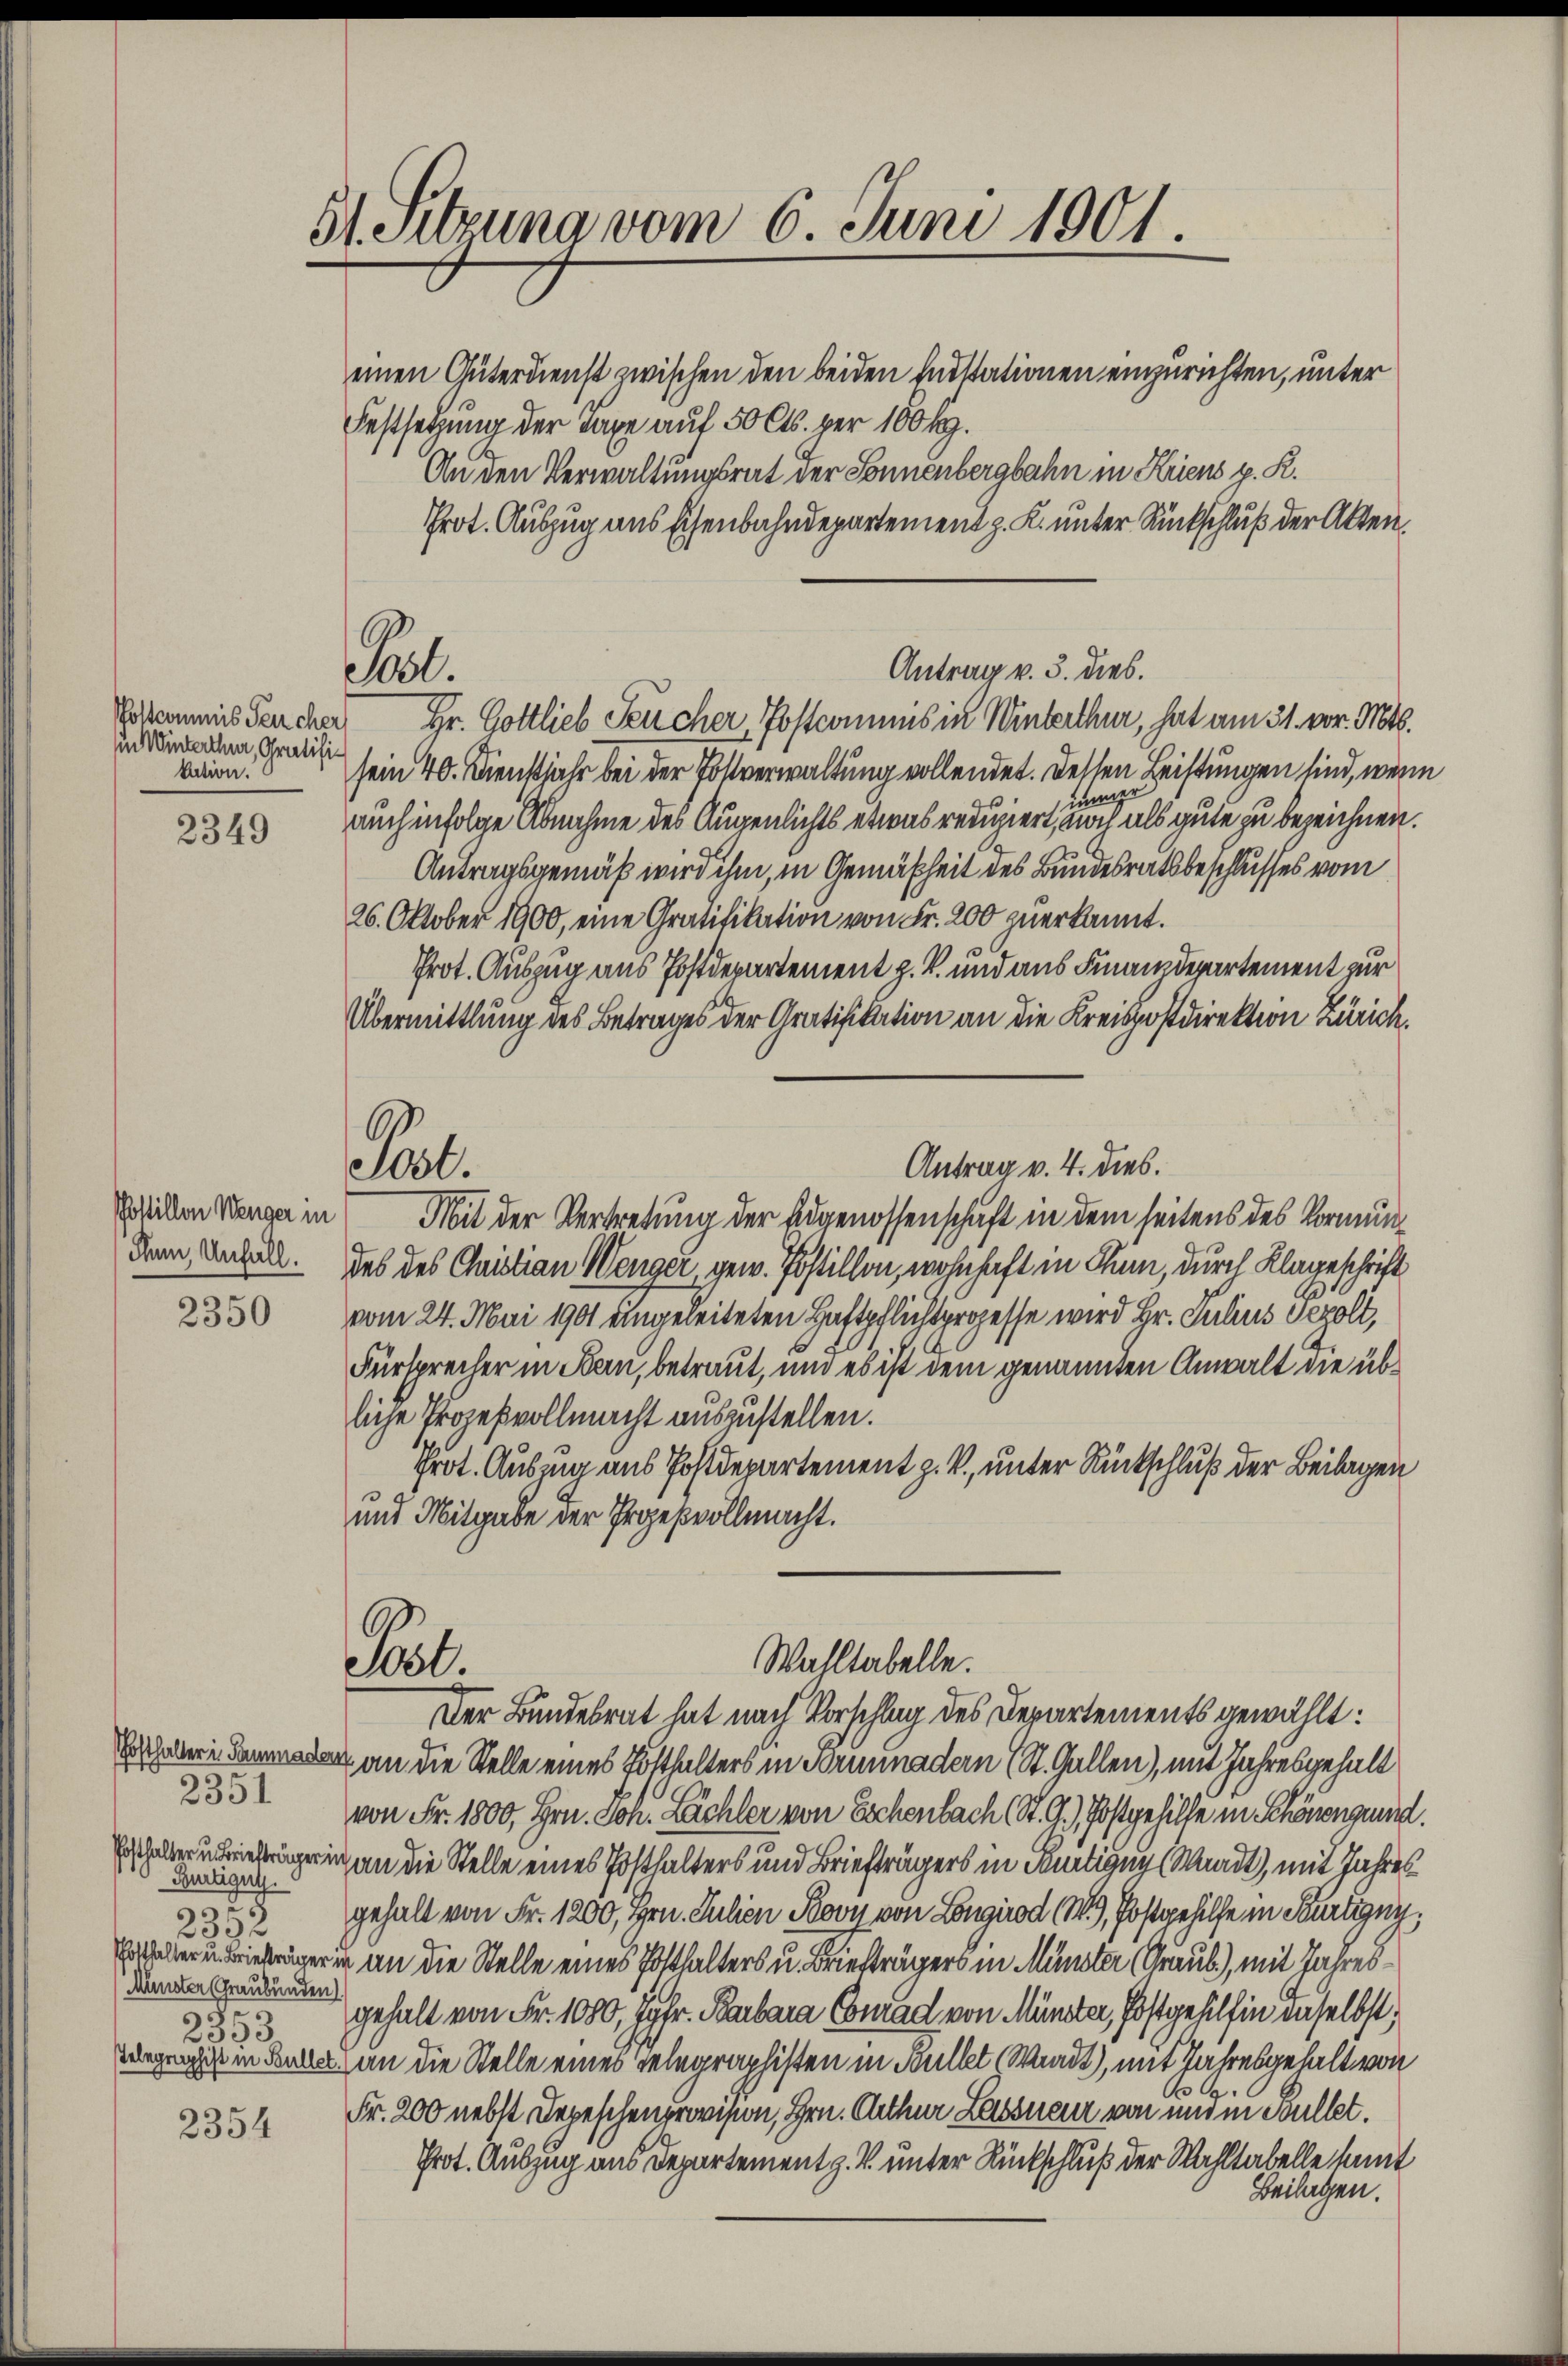
Postcommis Teucher
sin Winterthur, Gratifikation.

2349

Postillon Wenger in
chnn Unfäll.

2350

2351
Burtigut.
3
2352
Münster Graubünden
e
2330

2354

St. Sitzung vom 6. Juni 1901.
“

einen Güterdienst zwischen den beiden Instationen einzurichten, unter
Festsetzung der Taxe auf 50 Cts. per 100 k.
An den Verwaltungsrat der Sonnenbergbahn in Kriens p. K.
Prot. Auszug aus Eisenbahndepartement z. K. unter Rückschluß der Akten.

Antrag v. 3. dies.
Pil.
Hr. Gottlieb Feucher, Postcommis in Winterthur, hat am 31. vor. Mts.

sein 40. Dienstjahr bei der Postverwaltung vollendet. Dessen Leistungen sind, wenn
manz
auch infolge Abnahme des Augenlichts etwas reduziert, noch als gute zu bezeichnen.
Antragsgemäß wird ihm, in Gemäßheit des Bundesrathsbeschlusses vom
26. Oktober 1900, eine Gratifikation von Fr. 200 zuerkannt.
Prot. Auszug aus Postdepartement z. B. und aus Finanzdepartement zur
Übermittlung des Betrages der Gratifikation an die Kreispostdirektion Zürich.
Antrag v. 4. dies.
Pol.
Mit der Vertretung der Adgenossenschaft in dem seitens des Vormundes des Quistian Wenger gew. Jostillon, wohnhaft in Thun, durch Klageschrift
vom 24. Mai 1901 angeleiteten Haftpflichtsprozesse wird Hr. Julius Sepolt,
Fürsprecher in Bau, betraut, und es ist dem genannten Anwalt die übliche Prozeßvollmacht auszustellen.
Prot. Auszug ins Postdepartement z. B., unter Rückschluß der Beilagen
und Mitgabe der Prozeßvollmacht.

Wahltabelle.
Pil.
Der Bundesrat hat nach Vorschlag des Departements gewählt:

an die Stelle eines Potthalters in Terminadern (St. Gallen), mit Jahresgehalt
von Fr. 1800, Hrn. Joh. Lächler von Eschenbach St. G.) Postgehilfe in Schönen und
hägerin an die Stelle eines Posthalters und Briefträgers in Fertigen Waadt) mit Jahres
gehalt von Fr. 1200, Hrn. Julien Boy von Longirod (W, Postgehilfe in Fertigny,
ler u. Bieriger in an die Stelle eines Posthalters u. Briefträgers in Münster (Graub), mit Jahresgehalt von Fr. 1000, Jgfr. Barbara Conrad von Münster, Postgehilfen daselbst,
geist in Bulle an die Stelle eines Telegraphisten in Bullet Waadt, mit Jahresgehalt von
Fr. 200 nebst Depeschenprovision, Hrn. Arthur Lassneur von und in Bullet.
Prot. Auszug aus Departement z. V unter Rückschluß der Wahltabelle kant
Beilagen.